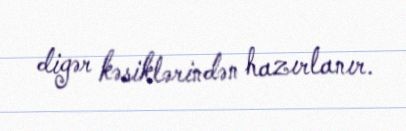
digər kəsiklərindən hazırlanır.